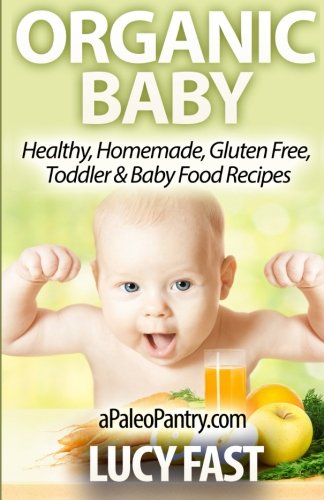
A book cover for Organic Baby: Healthy, Homemade, Gluten Free, Toddler & Baby Food Recipes (Paleo Diet Solution Series); Lucy Fast; Cookbooks, Food & Wine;